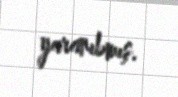
yaranıbmış.